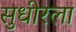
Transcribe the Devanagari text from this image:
सुधीरला